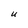
Character: U